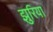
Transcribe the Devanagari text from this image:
झुरिया